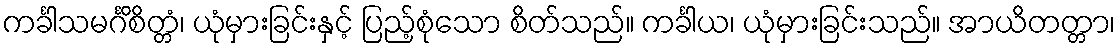
ကင်္ခါသမင်္ဂိစိတ္တံ၊ ယုံမှားခြင်းနှင့် ပြည့်စုံသော စိတ်သည်။ ကင်္ခါယ၊ ယုံမှားခြင်းသည်။ အာယိတတ္တာ၊